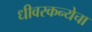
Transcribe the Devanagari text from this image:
धीवरकन्येचा